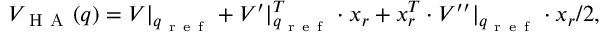
V _ { \mathrm { ~ H ~ A ~ } } ( q ) = V | _ { q _ { \mathrm { ~ r ~ e ~ f ~ } } } + V ^ { \prime } | _ { q _ { \mathrm { ~ r ~ e ~ f ~ } } } ^ { T } \cdot x _ { r } + x _ { r } ^ { T } \cdot V ^ { \prime \prime } | _ { q _ { \mathrm { ~ r ~ e ~ f ~ } } } \cdot x _ { r } / 2 ,